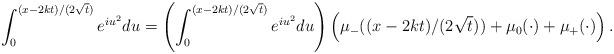
LaTeX: \begin{align*}\int_{0}^{(x-2k t)/(2\sqrt t)}e^{iu^2}du=\left(\int_{0}^{(x-2k t)/(2\sqrt t)}e^{iu^2}du\right)\Bigl(\mu_-((x-2k t)/(2\sqrt t))+\mu_0(\cdot)+\mu_+(\cdot)\Bigr)\,.\end{align*}